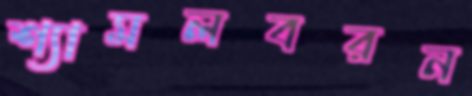
শ্যামলবরন